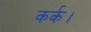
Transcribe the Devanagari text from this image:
कर्क।